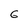
Character: 6